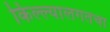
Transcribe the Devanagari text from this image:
किल्ल्यालगतचा